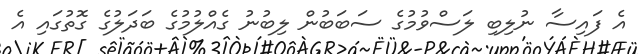
އެ ފައިސާ ނުލިބި ލަސްވުމުގެ ސަބަބުން ލިބުނު ގެއްލުމުގެ ބަދަލުގެ ގޮތުގައި އެ